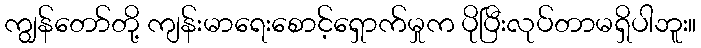
ကျွန်တော်တို့ ကျန်းမာရေးစောင့်ရှောက်မှုက ပိုပြီးလုပ်တာမရှိပါဘူး။